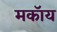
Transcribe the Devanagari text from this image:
मकॉय